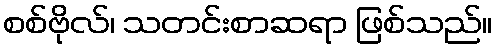
စစ်ဗိုလ်၊ သတင်းစာဆရာ ဖြစ်သည်။